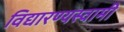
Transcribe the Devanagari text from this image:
विद्यारण्यस्वामी